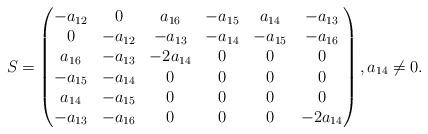
LaTeX: \begin{align*} S=\begin{pmatrix} -a_{12} & 0 & a_{16} & -a_{15} & a_{14} & -a_{13} \\ 0 & -a_{12} & -a_{13} & -a_{14} & -a_{15} & -a_{16} \\ a_{16} & -a_{13} & -2 a_{14} & 0 & 0 & 0 \\ -a_{15} & -a_{14} & 0 & 0 & 0 & 0 \\ a_{14} & -a_{15} & 0 & 0 & 0 & 0 \\ -a_{13} & -a_{16} & 0 & 0 & 0 & -2 a_{14} \end{pmatrix},a_{14}\neq 0. \end{align*}